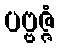
ပဗ္ဗဇ္ဇံ